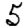
Digit: 5